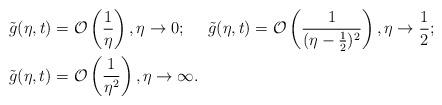
LaTeX: \begin{align*}&\tilde{g}(\eta,t)=\mathcal{O}\left(\frac{1}{\eta}\right), \eta\rightarrow 0;~~~~\tilde{g}(\eta,t)=\mathcal{O}\left(\frac{1}{(\eta-\frac{1}{2})^{2}}\right), \eta\rightarrow \frac{1}{2};\\&\tilde{g}(\eta,t)=\mathcal{O}\left(\frac{1}{\eta^{2}}\right), \eta\rightarrow \infty.\end{align*}